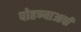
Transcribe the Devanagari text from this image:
पोहण्याआधी